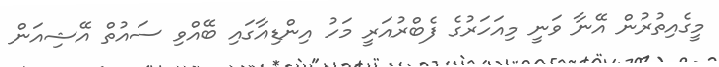
މީގެއިތުރުން އޭނާ ވަނީ މިއަހަރުގެ ފެބްރުއަރީ މަހު އިންޑިއާގައި ބޭއްވި ސައުތް އޭޝިއަން